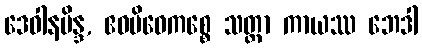
ဒေဝါနမိန္ဒ, ဧဝမိဓေကစ္စေ သတ္တာ ကာယဿ ဘေဒါ